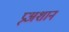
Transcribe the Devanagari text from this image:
प्र्‍अशान